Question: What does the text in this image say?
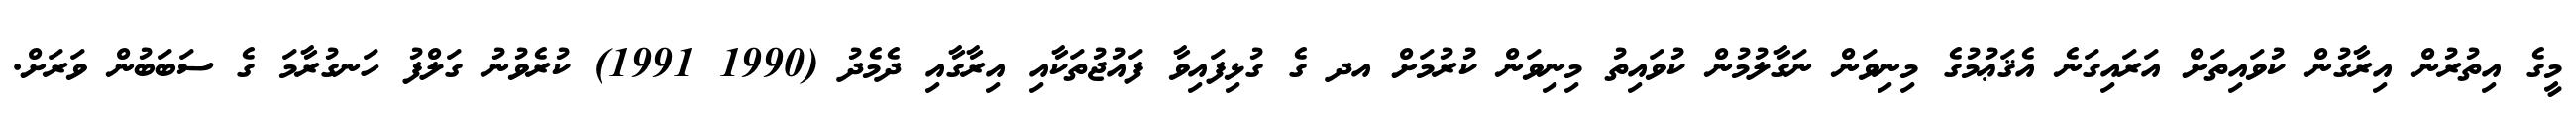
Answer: މީގެ އިތުރުން އިރާގުން ކުވައިތަށް އަރައިގަނެ އެޤަޢުމުގެ މިނިވަން ނަގާލުމުން ކުވައިތު މިނިވަން ކުރުމަށް އދ ގެ ގުޅިފައިވާ ފައުޖުތަކާއި އިރާގާއި ދެމެދު (1990 1991) ކުރެވުނު ގަލްފު ހަނގުރާމަ ގެ ސަބަބުން ވަރަށް.